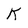
Character: k